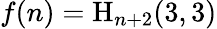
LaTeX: f(n)={\mathrm{H}}_{n+2}(3,3)